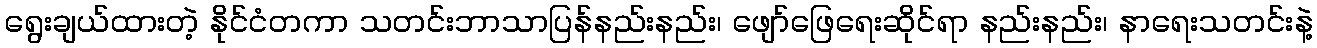
ရွေးချယ်ထားတဲ့ နိုင်ငံတကာ သတင်းဘာသာပြန်နည်းနည်း၊ ဖျော်ဖြေရေးဆိုင်ရာ နည်းနည်း၊ နာရေးသတင်းနဲ့